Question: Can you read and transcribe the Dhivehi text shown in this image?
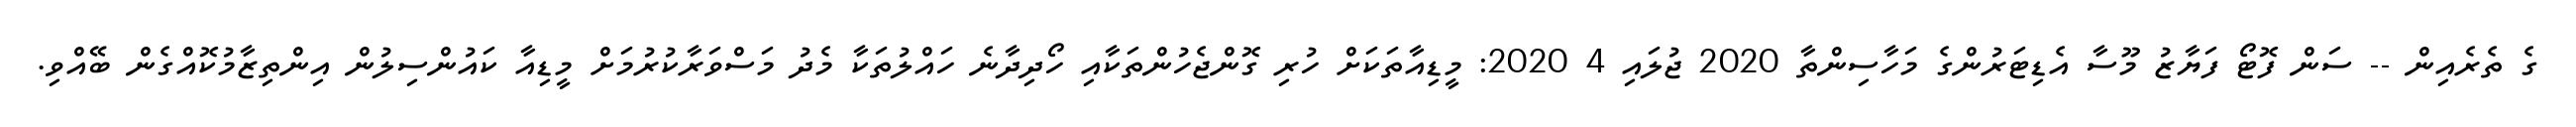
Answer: ގެ ތެރެއިން -- ސަން ފޮޓޯ ފަޔާޒު މޫސާ އެޑިޓަރުންގެ މަހާސިންތާ 2020 ޖުލައި 4 2020: މީޑިއާތަކަށް ހުރި ގޮންޖެހުންތަކާއި ހޯދިދާނެ ހައްލުތަކާ މެދު މަސްވަރާކުރުމަށް މީޑިއާ ކައުންސިލުން އިންތިޒާމުކޮއްގެން ބޭއްވި.